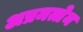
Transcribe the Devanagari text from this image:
अप्रमत्तेन